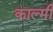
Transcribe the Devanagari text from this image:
काल्मी